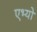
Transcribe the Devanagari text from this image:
एभ्यो